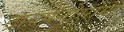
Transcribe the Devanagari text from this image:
ट्रायपैनोसोमा